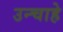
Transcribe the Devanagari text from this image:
उन्चाहे